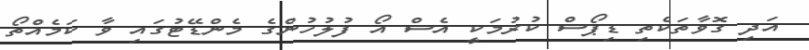
އަދި ގޮވާތަކެތި ޑިޕޯސް ކުރުމަކީ އެސް އޯ ފުލުހުންގެ މެންޑޭޓުގައި ވާ ކަމެއްތޯ